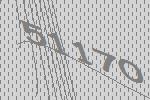
51170